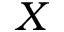
X